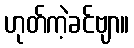
ဟုတ်ကဲ့ခင်ဗျာ။